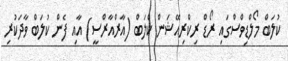
ކުލަބް މޯލްޑިވްސްގައި ރޯޑް ރިކްރިއޭޝަން ކްލަބް (އާރްއާރްސީ) އާއި ފެން ކުލަބް ވާދަކުރި